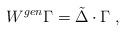
LaTeX: \begin{align*}W ^{gen} \Gamma = \tilde{\Delta} \cdot \Gamma \; ,\end{align*}